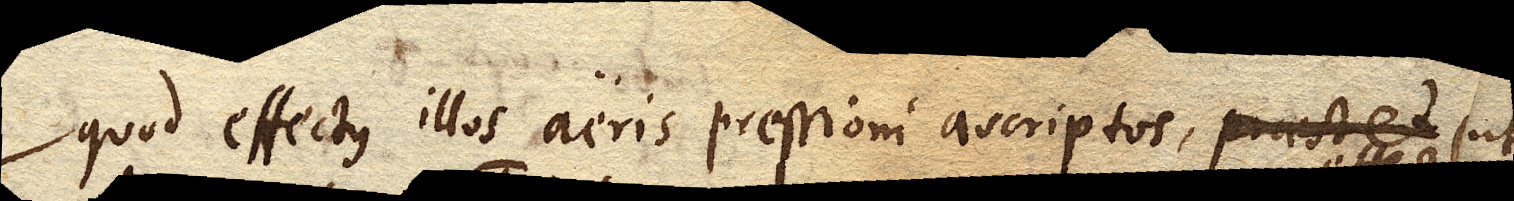
quod effectus illos aeris pressioni ascriptos, praestet (ut